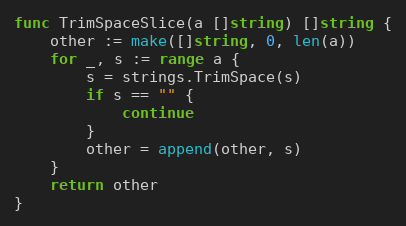
Language: Go
func TrimSpaceSlice(a []string) []string {
	other := make([]string, 0, len(a))
	for _, s := range a {
		s = strings.TrimSpace(s)
		if s == "" {
			continue
		}
		other = append(other, s)
	}
	return other
}